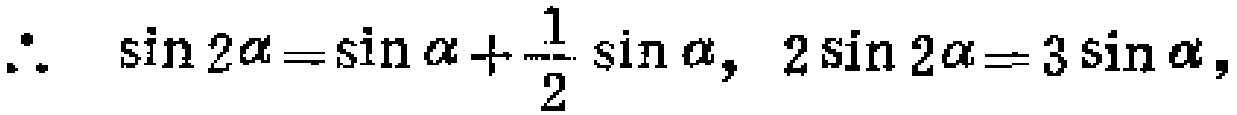
\(\therefore \ \sin 2\alpha=\sin\alpha+\frac{1}{2}\sin\alpha,\ 2\sin 2\alpha = 3\sin\alpha,\)